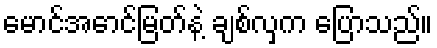
မောင်အောင်မြတ်နဲ့ ချစ်လှက ပြောသည်။